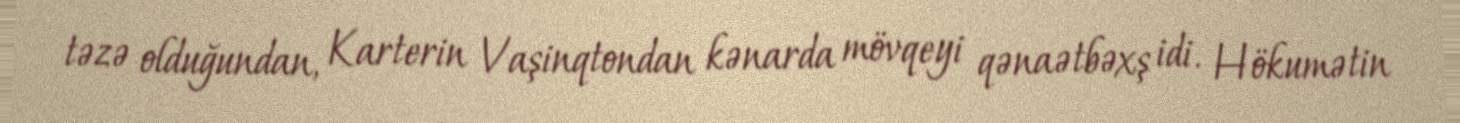
təzə olduğundan, Karterin Vaşinqtondan kənarda mövqeyi qənaətbəxş idi. Hökumətin